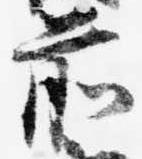
前